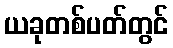
ယခုတစ်ပတ်တွင်